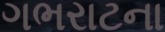
ગભરાટના